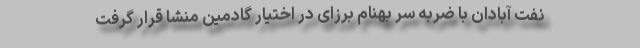
نفت آبادان با ضربه سر بهنام برزای در اختیار گادمین منشا قرار گرفت